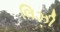
લિઝી